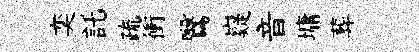
奕託疏衝鷖嶷音墉葬